Bréfritari: Einar Ásmundsson
Viðtakandi: Jón Borgfirðings Jónsson
Dagsetning: A-1859-02-29
Skrifað á: Nesi  S-Þing.

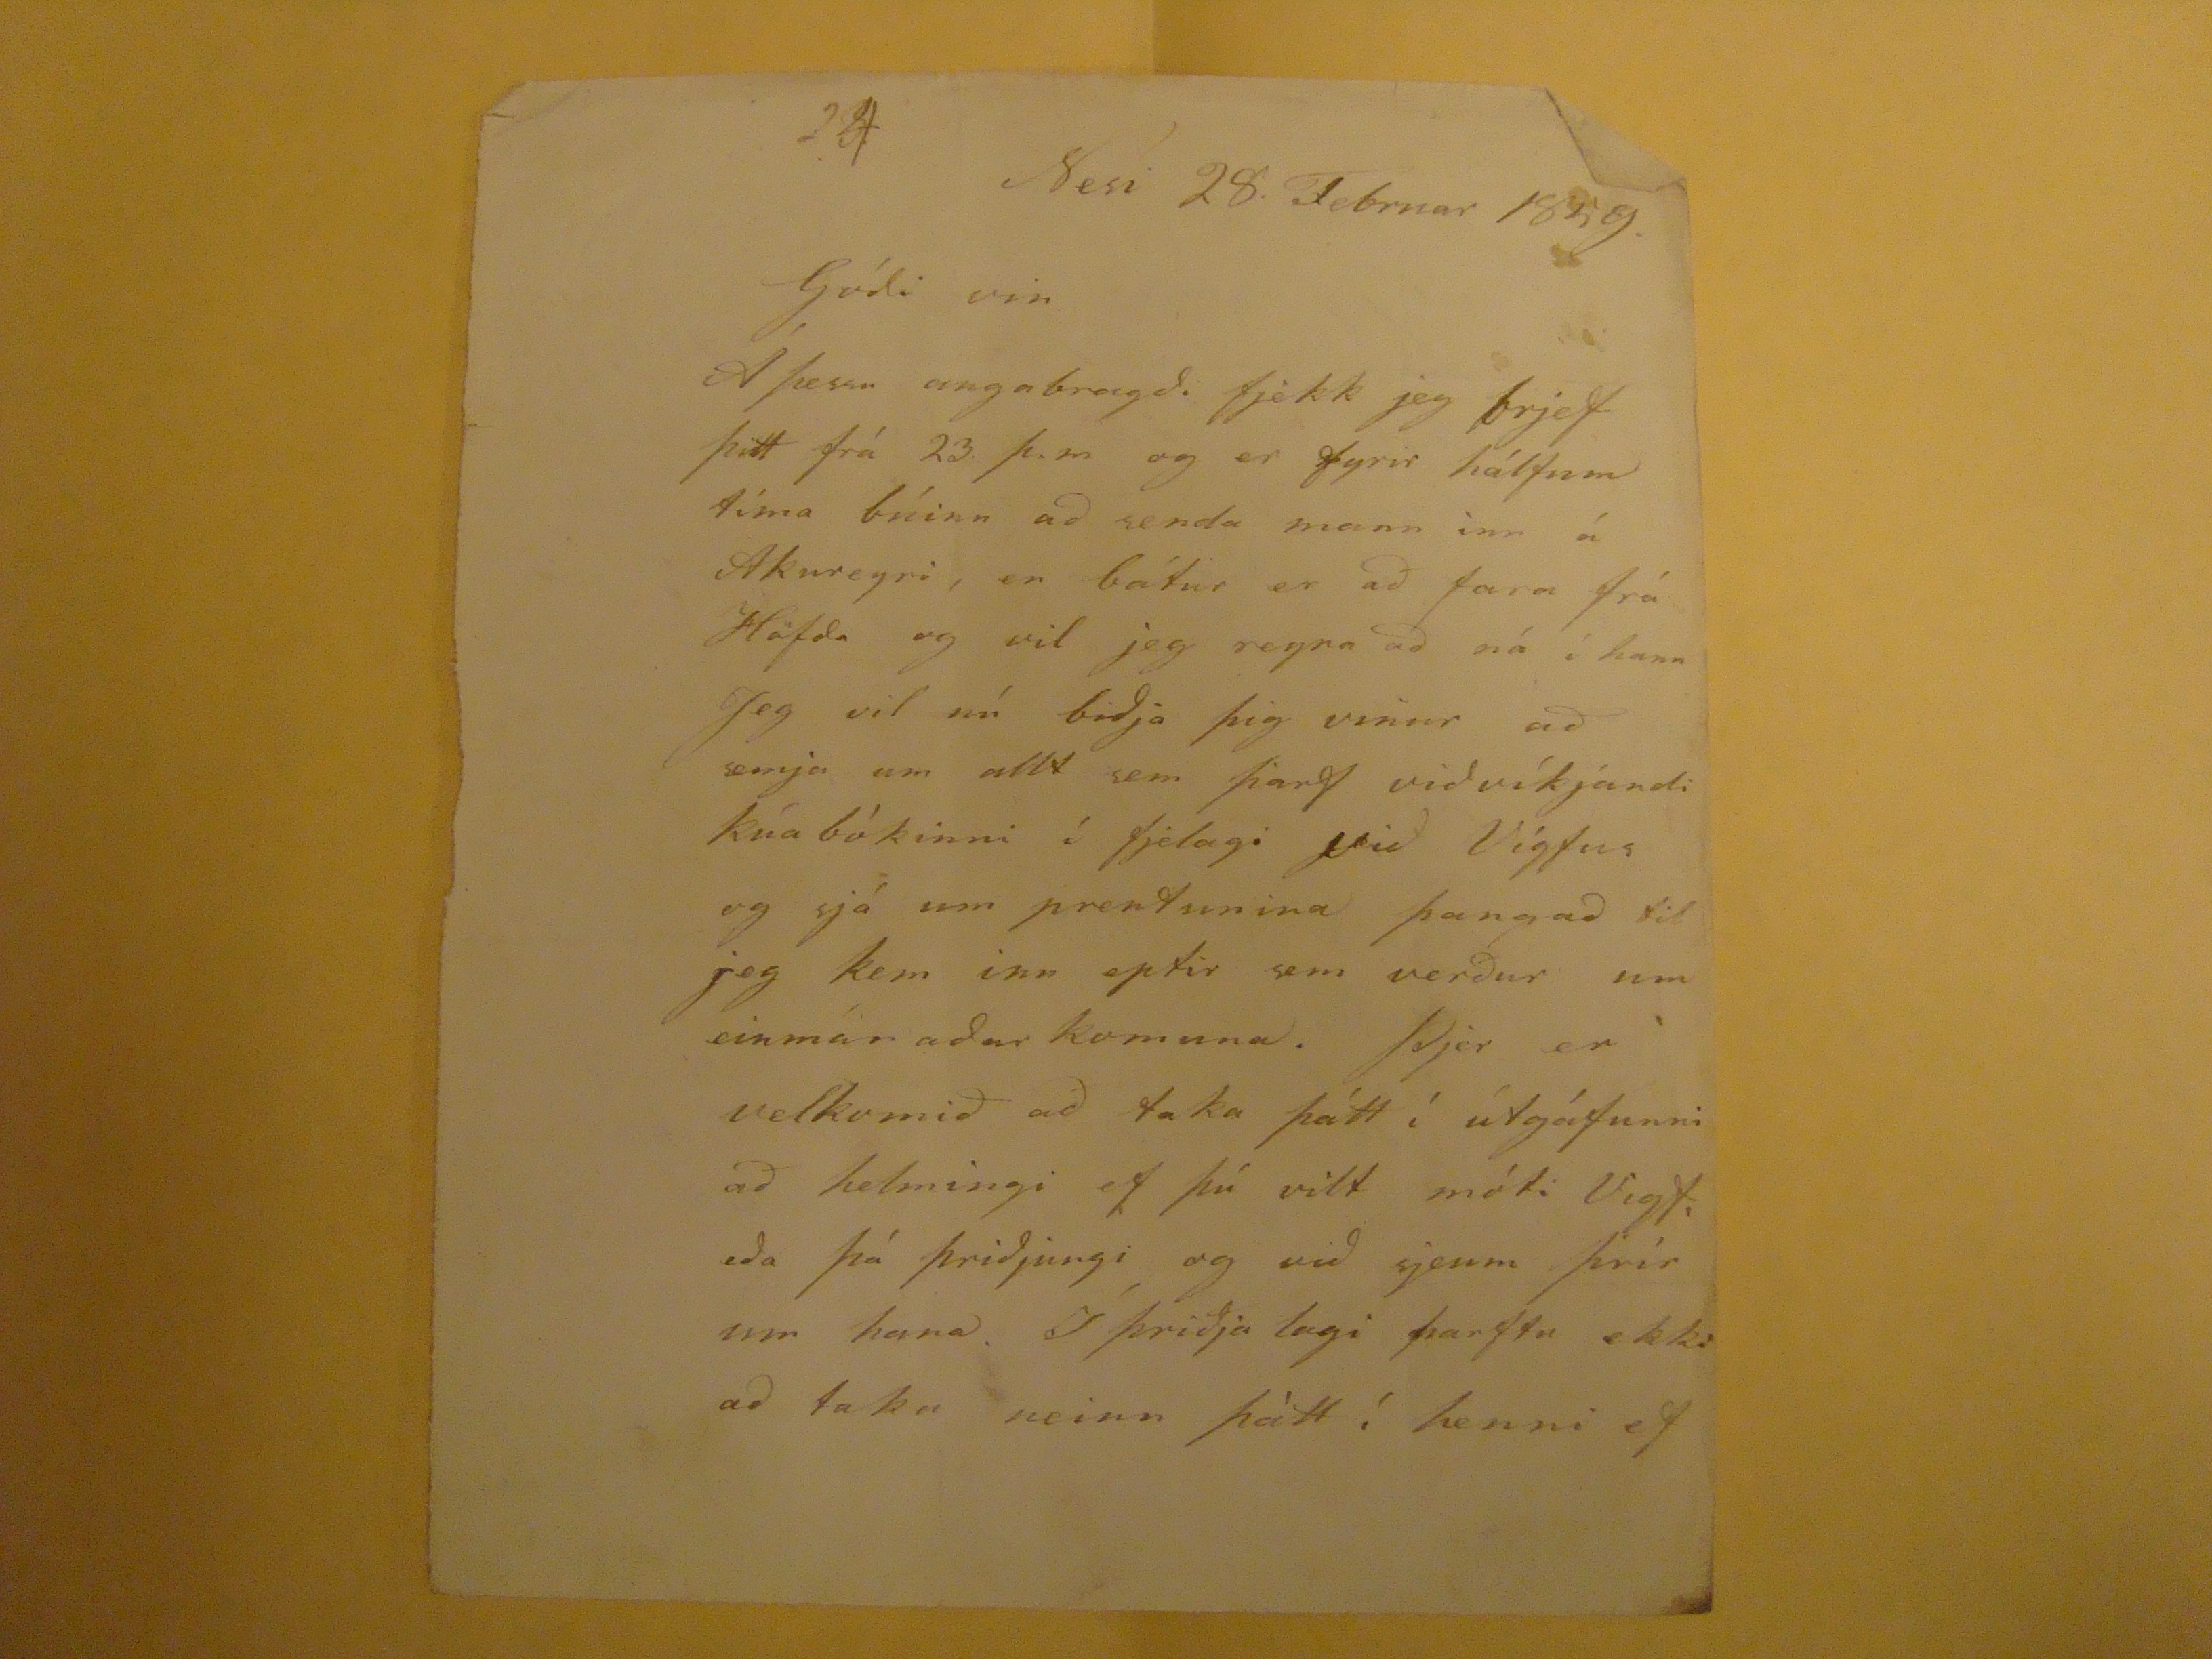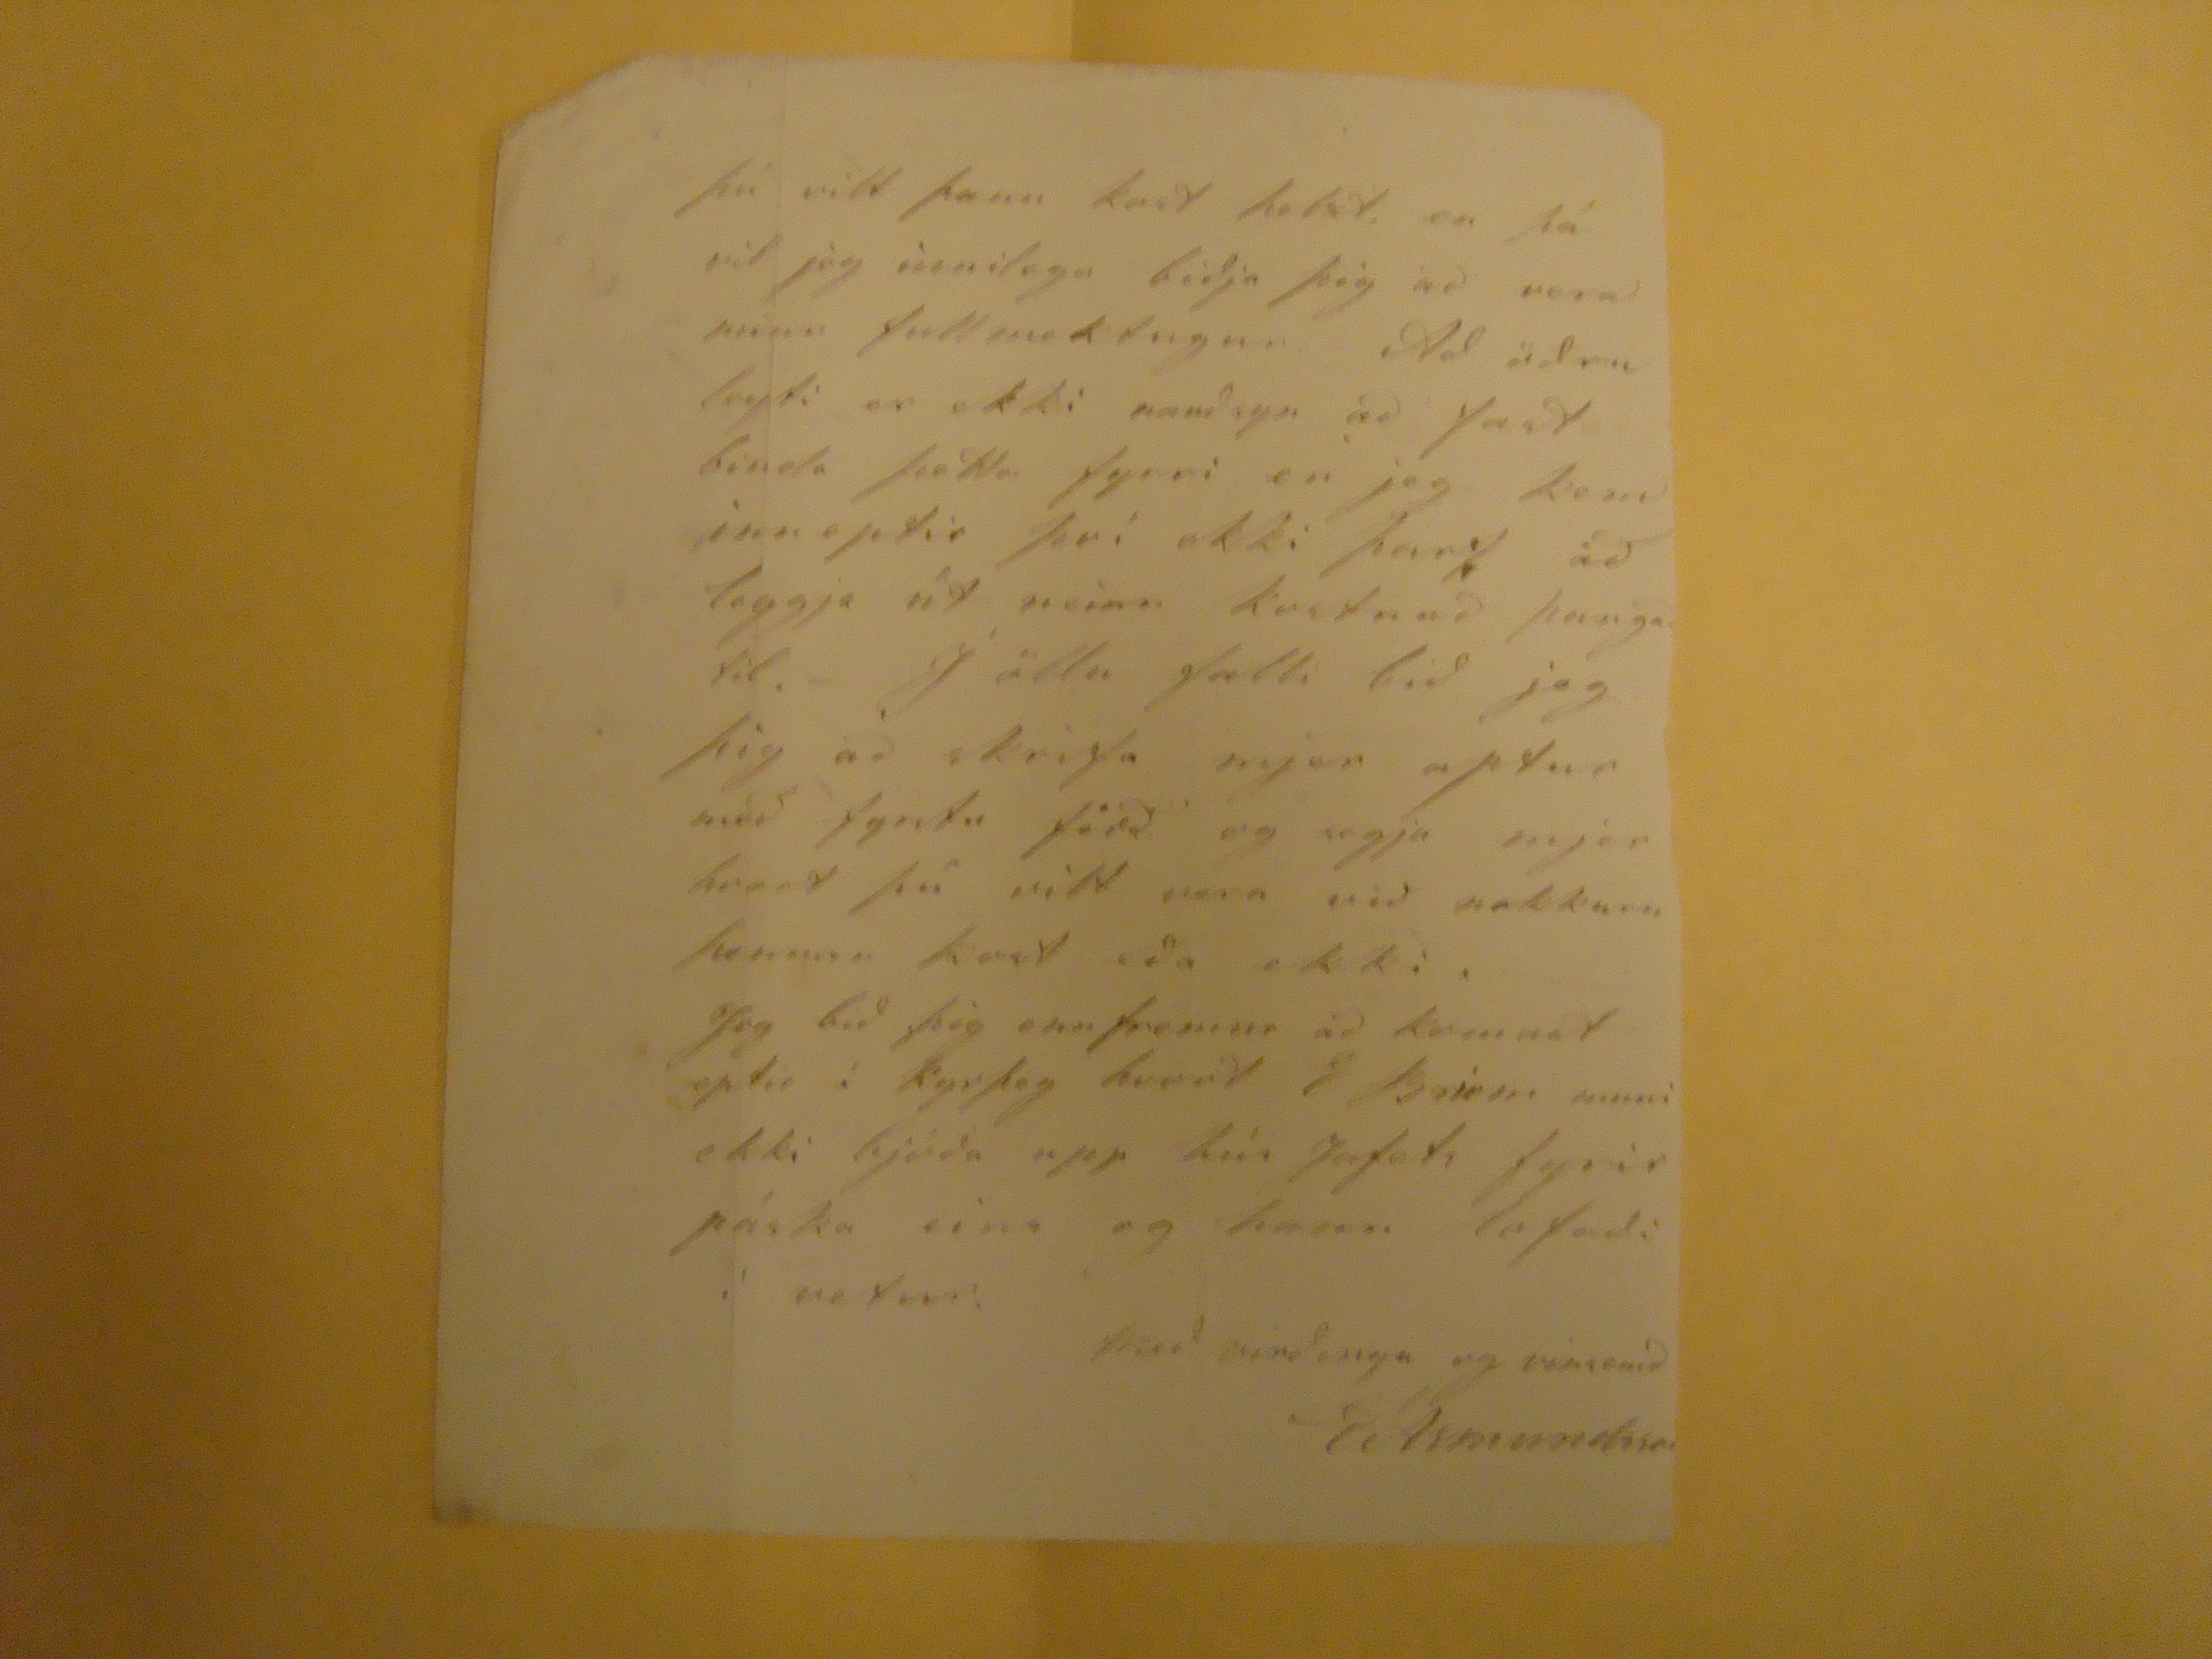

24
Nesi 28. Febryar 1859.
Góði vin
Á þessu augnabragði fjekk jeg brjef þitt frá 23 þ.m. og er fyrir hálfum tíma búinn að senda mann inn á Akureyri, en bátur er að fara frá Höfða og vil jeg reyna að ná í hann Jeg vil nú biðja þig vinur að semja um allt sem þarf viðvíkjandi kúabókinni í fjelagi við Vigfus og sjá um prentunina þangað til jeg kem inn eptir sem verður um einmánaðar komuna. Þjer er velkomið að taka þátt í útgáfunni að helmingi ef þú vilt móti Vigf. eða þá þriðjungi og við sjeum þrír um hana. Í þriðja lagi þarftu ekki að taka neinn þátt í henni ef
þú vilt þann kost helzt, en þþá vil jeg innilega biðja þig að vera minn fullmektugur. Að öðru leyti er ekki nauðsyn að fast binda þetta fyrri en jeg kem inneptir því ekki þarf að leggja út neinn kostnað þangað til.- Í öllu falli bið jeg þig að skrifa mjer aptur með fyrstu ferð og segja mjer hvort þú vilt vera við nokkurn þennan kost eða ekki. Jeg bið þig ennfremur að komast
eptir í kyrþey
hvort E Briem muni ekki bjóða upp hús Jafets fyrir páska ein sog hann lofaði í vetur.
með virðingu og vinsemd
EÁsmundsson